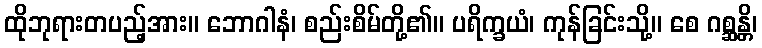
ထိုဘုရားတပည့်အား။ ဘောဂါနံ၊ စည်းစိမ်တို့၏။ ပရိက္ခယံ၊ ကုန်ခြင်းသို့။ စေ ဂစ္ဆန္တိ၊